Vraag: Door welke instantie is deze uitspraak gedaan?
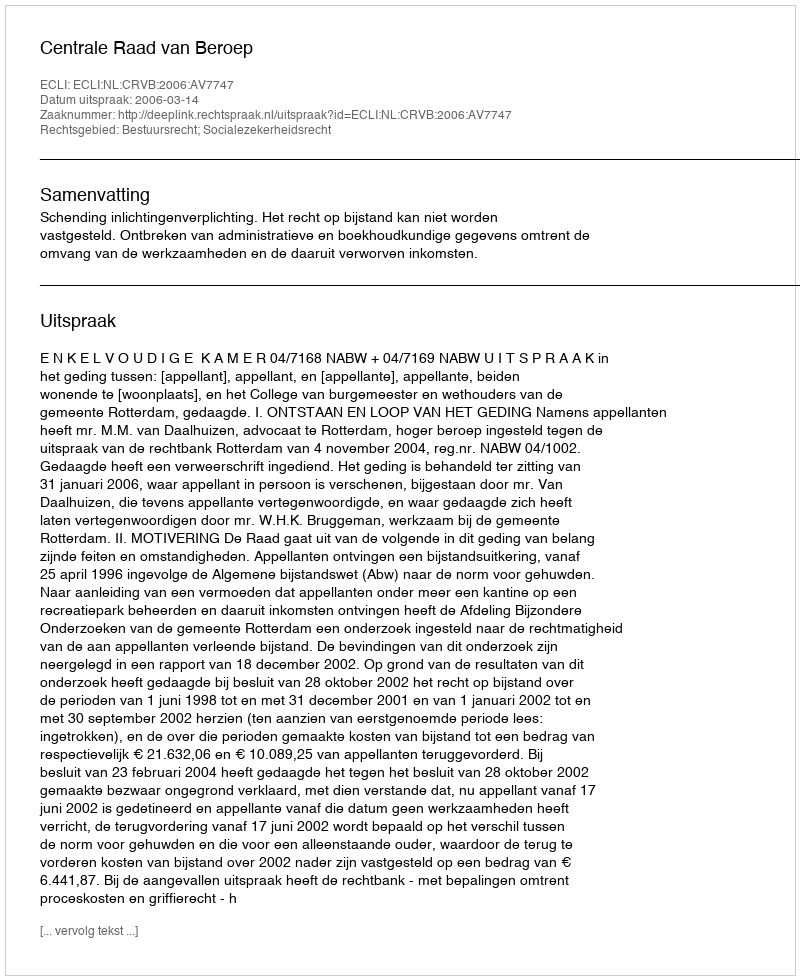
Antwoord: Centrale Raad van Beroep